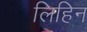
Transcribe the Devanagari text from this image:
लिहिन